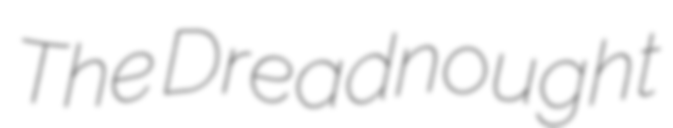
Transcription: The Dreadnought